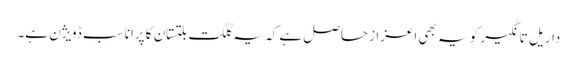
داریل تانگیر کو یہ بھی اعزازحاصل ہے کہ یہ گلگت بلتستان کا پرانا سب ڈویژن ہے۔